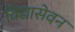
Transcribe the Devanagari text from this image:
विद्यासेवन